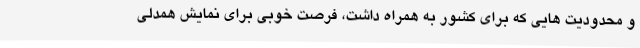
و محدودیت هایی که برای کشور به همراه داشت، فرصت خوبی برای نمایش همدلی